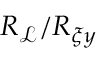
R _ { \mathcal { L } } / R _ { \xi y }